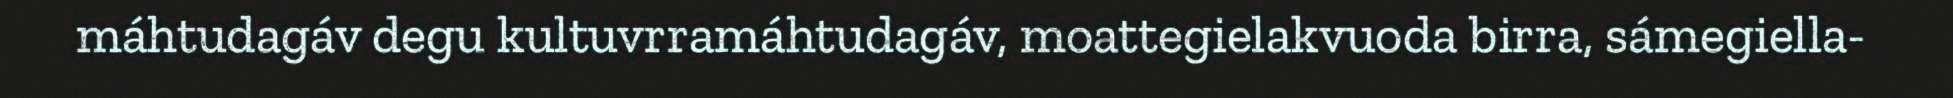
máhtudagáv degu kultuvrramáhtudagáv, moattegielakvuoda birra, sámegiella-